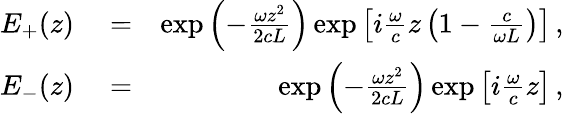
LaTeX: \begin{array}{rlr}{E_{+}(z)}&{{}=}&{\exp\left(-\frac{\omega z^{2}}{2cL}\right)\exp\left[i\frac{\omega}{c}z\left(1-\frac{c}{\omega L}\right)\right]\, ,}\\ {E_{-}(z)}&{{}=}&{\exp\left(-\frac{\omega z^{2}}{2cL}\right)\exp\left[i\frac{\omega}{c}z\right]\, ,}\end{array}